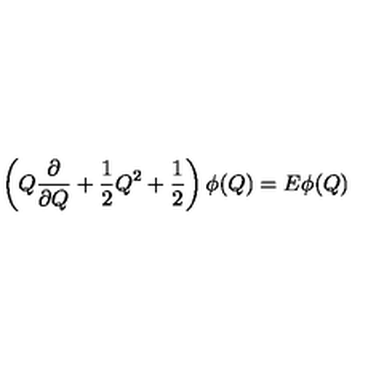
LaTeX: \left( Q { \frac { \partial } { \partial Q } } + { \frac { 1 } { 2 } } Q ^ { 2 } + { \frac { 1 } { 2 } } \right) \phi ( Q ) = E \phi ( Q )